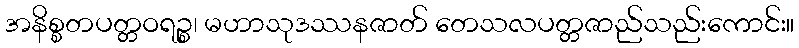
အနိစ္စတပတ္တဝရဉ္စ၊ မဟာသုဒဿနဇာတ် တေသလပတ္တဇာည်သည်းကောင်း။